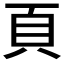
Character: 頁